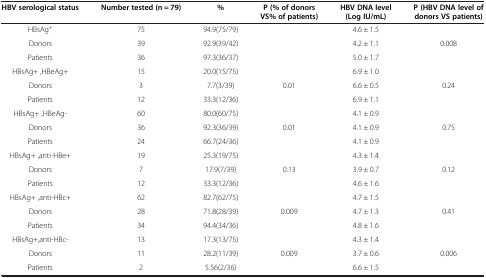
<table><thead><tr><td><b>HBV serological status</b></td><td><b>Number tested (n = 79)</b></td><td><b>%</b></td><td><b>P (% of donors VS% of patients)</b></td><td><b>HBV DNA level (Log IU/mL)</b></td><td><b>P (HBV DNA level of donors VS patients)</b></td></tr></thead><tbody><tr><td>HBsAg<sup>+</sup></td><td>75</td><td>94.9(75/79)</td><td> </td><td>4.6 ± 1.5</td><td> </td></tr><tr><td>Donors</td><td>39</td><td>92.9(39/42)</td><td> </td><td>4.2 ± 1.1</td><td>0.008</td></tr><tr><td>Patients</td><td>36</td><td>97.3(36/37)</td><td> </td><td>5.0 ± 1.7</td><td> </td></tr><tr><td>HBsAg+ ,HBeAg+</td><td>15</td><td>20.0(15/75)</td><td> </td><td>6.9 ± 1.0</td><td> </td></tr><tr><td>Donors</td><td>3</td><td>7.7(3/39)</td><td>0.01</td><td>6.6 ± 0.5</td><td>0.24</td></tr><tr><td>Patients</td><td>12</td><td>33.3(12/36)</td><td> </td><td>6.9 ± 1.1</td><td> </td></tr><tr><td>HBsAg+ ,HBeAg-</td><td>60</td><td>80.0(60/75)</td><td> </td><td>4.1 ± 0.9</td><td> </td></tr><tr><td>Donors</td><td>36</td><td>92.3(36/39)</td><td>0.01</td><td>4.1 ± 0.9</td><td>0.75</td></tr><tr><td>Patients</td><td>24</td><td>66.7(24/36)</td><td> </td><td>4.1 ± 0.9</td><td> </td></tr><tr><td>HBsAg+ ,anti-HBe+</td><td>19</td><td>25.3(19/75)</td><td> </td><td>4.3 ± 1.4</td><td> </td></tr><tr><td>Donors</td><td>7</td><td>17.9(7/39)</td><td>0.13</td><td>3.9 ± 0.7</td><td>0.12</td></tr><tr><td>Patients</td><td>12</td><td>33.3(12/36)</td><td> </td><td>4.6 ± 1.6</td><td> </td></tr><tr><td>HBsAg+ ,anti-HBc+</td><td>62</td><td>82.7(62/75)</td><td> </td><td>4.7 ± 1.5</td><td> </td></tr><tr><td>Donors</td><td>28</td><td>71.8(28/39)</td><td>0.009</td><td>4.7 ± 1.3</td><td>0.41</td></tr><tr><td>Patients</td><td>34</td><td>94.4(34/36)</td><td> </td><td>4.8 ± 1.6</td><td> </td></tr><tr><td>HBsAg+,anti-HBc-</td><td>13</td><td>17.3(13/75)</td><td> </td><td>4.3 ± 1.4</td><td> </td></tr><tr><td>Donors</td><td>11</td><td>28.2(11/39)</td><td>0.009</td><td>3.7 ± 0.6</td><td>0.006</td></tr><tr><td>Patients</td><td>2</td><td>5.56(2/36)</td><td> </td><td>6.6 ± 1.5</td><td> </td></tr></tbody></table>